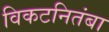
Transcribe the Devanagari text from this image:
विकटनितंबा